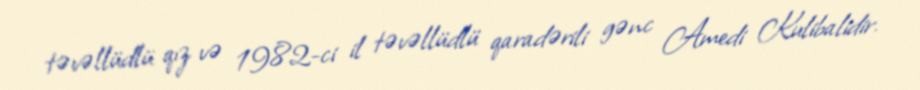
təvəllüdlü qız və 1982-ci il təvəllüdlü qaradərili gənc Amedi Kulibalidir.